Vaccination in Bombay 1902-1912 - 1902-1912
Year: 1902
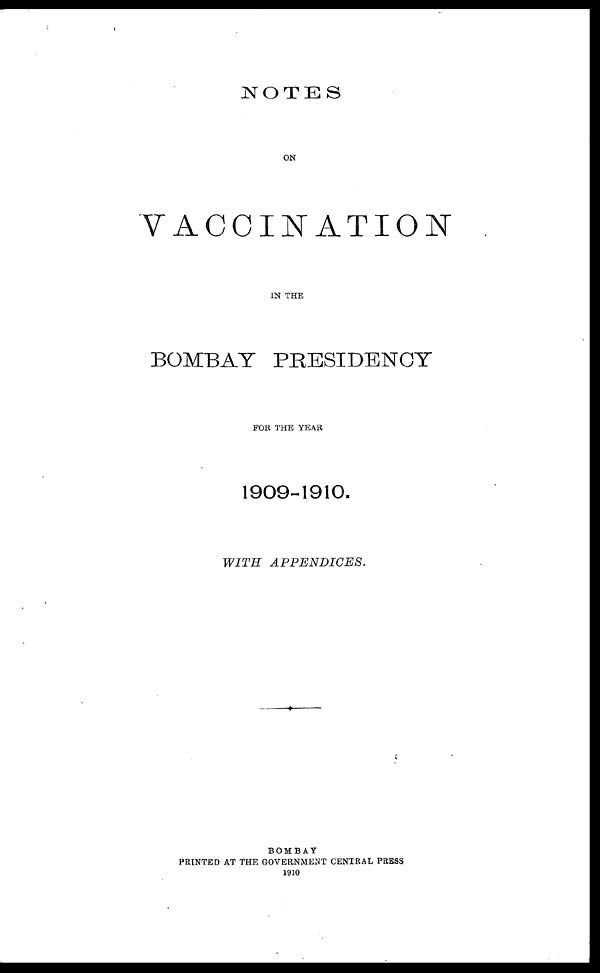
NOTES
ON
VACCINATION
IN THE
BOMBAY PRESIDENCY
FOR THE YEAR
1909-1910.
WITH
APPENDICES.
BOMBAY
PRINTED AT THE GOVERNMENT CENTRAL PRESS
1910